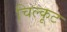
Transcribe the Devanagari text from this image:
चिल्कूट